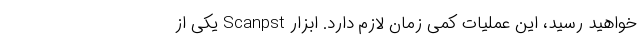
خواهید رسید، این عملیات کمی زمان لازم دارد. ابزار Scanpst یکی از